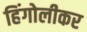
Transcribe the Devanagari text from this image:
हिंगोलीकर